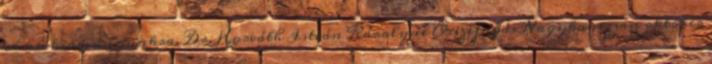
címû kiadványunkra. Dr. Horváth István Károlyné Összefogás Nagykanizsán október